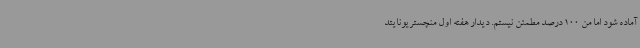
آماده شود اما من 100 درصد مطمئن نیستم. دیدار هفته اول منچستریونایتد